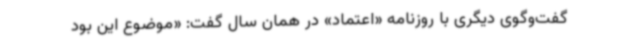
گفت‌وگوی دیگری با روزنامه «اعتماد» در همان سال گفت: «موضوع این بود